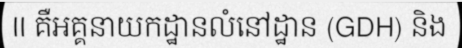
II គឺអគ្គនាយកដ្ឋានលំនៅដ្ឋាន (GDH) និង